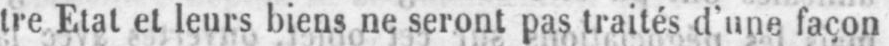
tre Etat et leurs biens ne seront pas traités d’une façon